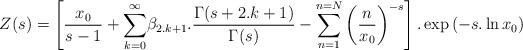
LaTeX: \begin{align*}Z(s)=\left[\frac{x_0}{s-1}+\underset{k=0}{\overset{\infty }{\sum }}\beta _{2.k+1}.\frac{\Gamma(s+2.k+1)}{\Gamma(s)}-\sum _{n=1}^{n=N}\left(\frac{n}{x_0}\right)^{-s}\right].\exp\left(-s.\ln{x_0}\right) \end{align*}